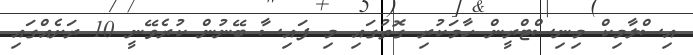
އިސްލާމިކް މިނިސްޓްރީން ހާމަކުރި ގޮތުގައި މި ފައިސާ ބޭނުން ކުރެވޭނީ 10 ރަށެއްގައި